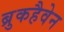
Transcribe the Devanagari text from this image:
ब्रुकहैवेन